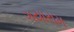
ગયારામ